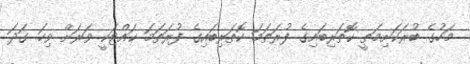
މަހުގެ ބުރަކަށިމަތީ ކޮތަރިބައިގެ ފުރަތަމަ ކޮތަރިބައިގެ ފުރަތަމަ ކައްޓަކީ ވަރަށް ވިހަ ގަދަ